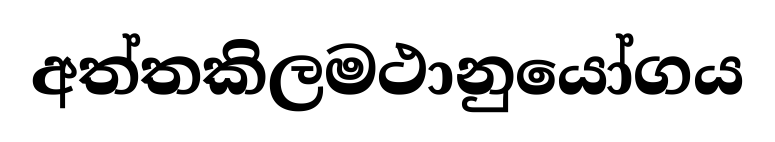
අත්තකිලමථානුයෝගය